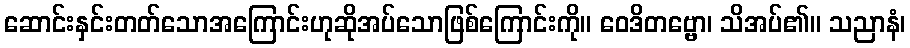
ဆောင်းနှင်းတတ်သောအကြောင်းဟုဆိုအပ်သောဖြစ်ကြောင်းကို။ ဝေဒိတဗ္ဗော၊ သိအပ်၏။ သညာနံ၊